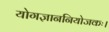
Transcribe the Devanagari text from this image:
योगज्ञाननियोजकः।